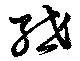
紲